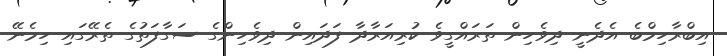
އިބްރާހިމްބެ އެދެނީ ދިވެހިން ތަރައްގީވެ ކުރިއަރާދާ ފަދައިން ދިވެހިންގެ ސަގާފަތުގެ ތެރޭގައި ހިމެނޭ